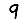
Digit: 9